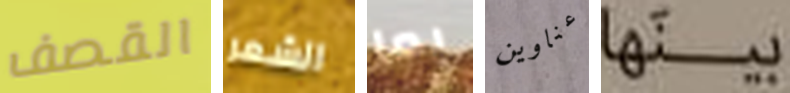
القصف الشعر بما عناوين بينها